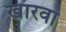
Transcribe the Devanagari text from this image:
खारवा